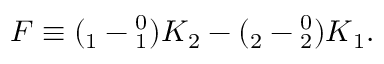
F \equiv ( \l _ { 1 } - \l _ { 1 } ^ { 0 } ) K \l _ { 2 } - ( \l _ { 2 } - \l _ { 2 } ^ { 0 } ) K \l _ { 1 } .